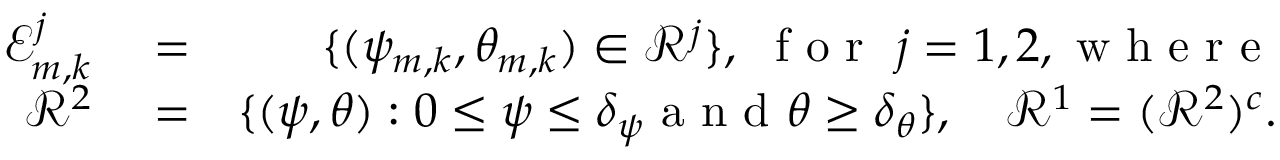
\begin{array} { r l r } { \mathcal { E } _ { m , k } ^ { j } } & { { } = } & { \{ ( \psi _ { m , k } , \theta _ { m , k } ) \in \mathcal { R } ^ { j } \} , \ \mathrm { ~ f ~ o ~ r ~ } \ j = 1 , 2 , \mathrm { ~ w ~ h ~ e ~ r ~ e ~ } } \\ { \mathcal { R } ^ { 2 } } & { { } = } & { \{ ( \psi , \theta ) : 0 \leq \psi \leq \delta _ { \psi } \mathrm { ~ a ~ n ~ d ~ } \theta \geq \delta _ { \theta } \} , \ \ \ \mathcal { R } ^ { 1 } = ( \mathcal { R } ^ { 2 } ) ^ { c } . } \end{array}